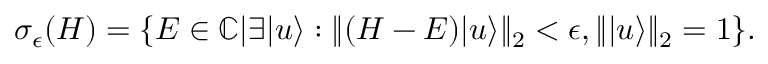
\begin{array} { r } { \sigma _ { \epsilon } ( H ) = \{ E \in \mathbb { C } | \exists | u \rangle : \| ( H - E ) | u \rangle \| _ { 2 } < \epsilon , \| | u \rangle \| _ { 2 } = 1 \} . } \end{array}